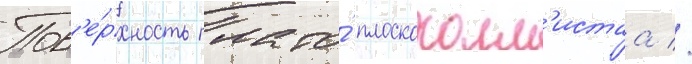
Пов'е́рхность плато́ плоскохолм'истаа //